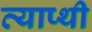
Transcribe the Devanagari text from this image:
व्याप्थी